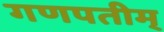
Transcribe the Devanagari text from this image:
गणपतीम्